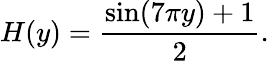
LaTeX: H(y)=\frac{\sin(7\pi y)+1}{2}.